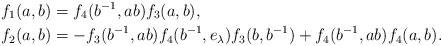
LaTeX: \begin{align*}f_1(a,b) &=f_4(b^{-1},ab)f_3(a,b), \\f_2(a,b) &=-f_3(b^{-1},ab)f_4(b^{-1},e_\lambda)f_3(b,b^{-1})+f_4(b^{-1},ab)f_4(a,b). \end{align*}